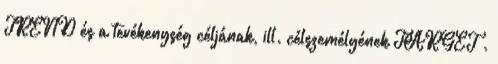
TREND és a tevékenység céljának, ill. célszemélyének TARGET .